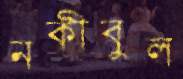
নকীবুল